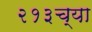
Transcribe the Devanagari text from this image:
२१३च्या